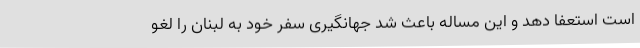
است استعفا دهد و این مساله باعث شد جهانگیری سفر خود به لبنان را لغو